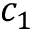
c _ { 1 }